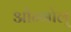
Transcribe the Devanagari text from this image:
ओन्गोल्